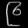
Digit: ၉